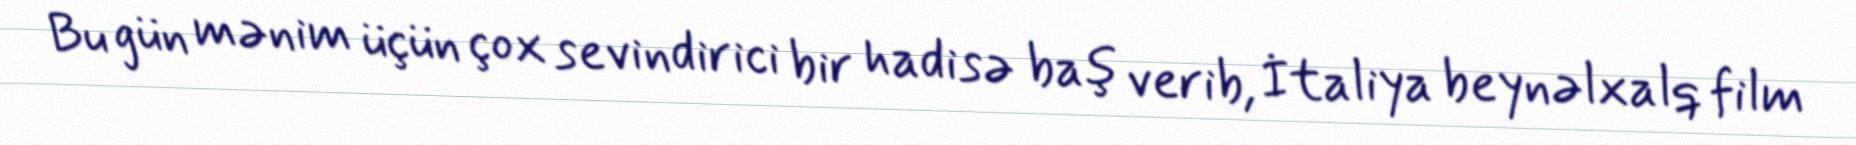
Bu gün mənim üçün çox sevindirici bir hadisə baş verib, İtaliya beynəlxalq film